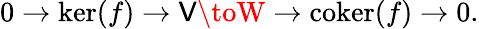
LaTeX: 0\to\ker(f)\to\mathsf{V}\toW\to\operatorname{coker}(f)\to0.